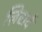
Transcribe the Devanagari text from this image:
ज़िरार्द